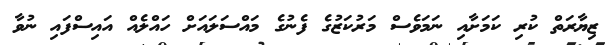
ޒިޔާރަތް ކުރި ކަމަށާއި ނަމަވެސް މަރުކަޒުގެ ފެނުގެ މައްސަލައަށް ހައްލެއް އައިސްފައި ނުވާ